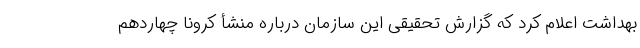
بهداشت اعلام کرد که گزارش تحقیقی این سازمان درباره منشأ کرونا چهاردهم